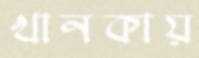
খানকায়